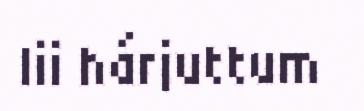
lii hárjuttum